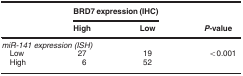
<table><thead><tr><td><b> </b></td><td colspan="2"><b>BRD7 expression (IHC)</b></td><td><b> </b></td></tr><tr><td><b> </b></td><td><b>High</b></td><td><b>Low</b></td><td><b><i>P</i>-value</b></td></tr></thead><tbody><tr><td colspan="4"><i>miR-141 expression (ISH)</i></td></tr><tr><td> Low</td><td>27</td><td>19</td><td>&lt;0.001</td></tr><tr><td> High</td><td>6</td><td>52</td><td> </td></tr></tbody></table>